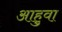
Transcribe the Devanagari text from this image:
आहुवा